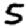
Digit: 5